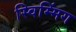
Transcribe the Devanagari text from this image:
स्विम्मिंग